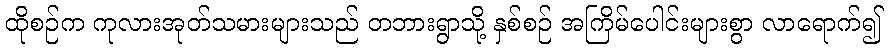
ထိုစဉ်က ကုလားအုတ်သမားများသည် တဘားရွာသို့ နှစ်စဉ် အကြိမ်ပေါင်းများစွာ လာရောက်၍